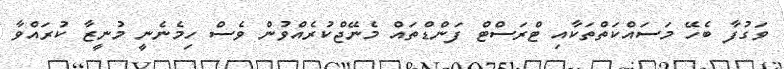
ވަގުފާ ބެހޭ މަސައްކަތްތަކާއި ޓްރަސްޓް ފަންޑްތައް މެނޭޖްކުރެއްވުން ވެސް ހިމެނެނީ މުނީޒާ ކުރައްވާ